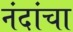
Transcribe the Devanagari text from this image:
नंदांचा